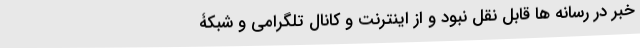
خبر در رسانه ها قابل نقل نبود و از اینترنت و کانال تلگرامی و شبکۀ